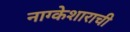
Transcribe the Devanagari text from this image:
नाग्केशाराची